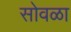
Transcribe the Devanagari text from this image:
सोवळा